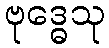
ဗုဒ္ဓေသု